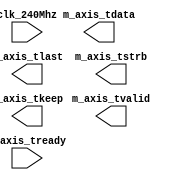
`timescale 1ns / 1ps
//////////////////////////////////////////////////////////////////////////////////
// Company: 
// Engineer: 
// 
// Design Name: 
// Module Name: stm_axi_test
// Project Name: 
// Target Devices: 
// Tool Versions: 
// Description: 
// 
// Dependencies: 
// 
// Revision:
// Revision 0.01 - File Created
// Additional Comments:
// 
//////////////////////////////////////////////////////////////////////////////////


module stm_axi_test(

    input clk_240Mhz,
    
    
    
    
    output reg m_axis_tvalid,
    input m_axis_tready,
    output reg [63:0]m_axis_tdata,
    output m_axis_tlast,
    output m_axis_tstrb,
    output [3:0]m_axis_tkeep

    );
    
    
//    always @(posedge clk_240Mhz)
//begin
    
//      case (dwnl_state)
      
//      // WAITING
//      2'b00  : begin
//                    if (m_axis_tready & m_axis_tvalid_o)
//                        dwnl_state <= 'b01;
//                    else begin
//                        m_axis_tready_i <= 0;
//                        m_axis_tvalid <= 0;
//                    end
//               end
               
//      // READ FIFO AND IF FIFO EMPTY
//      2'b01  : begin
//                  //     
//                  if (axis_prog_empty & !m_axis_tready) begin
//                    dwnl_state <= 2'b10;
//                    m_axis_tready_i <= 0;
//                    m_axis_tvalid <= 0;
//                  end else begin
//                    m_axis_tready_i <= m_axis_tready;
//                    m_axis_tvalid <= m_axis_tvalid_o;
//                  end
                  
//                  m_axis_tdata <= data_fifo_ff;
//               end
               
//      // WAITING FOR FULL FIFO
//      2'b10  : begin
//                  if (axis_prog_full)
//                    dwnl_state <= 2'b00;
//               end
               
//      2'b11  : begin
//                  dwnl_state <= 2'b00;
//               end
//      default: begin
//                  dwnl_state <= 2'b00;
//               end
//   endcase

//end
    
endmodule